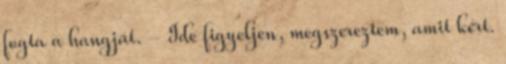
fogta a hangját. - Ide figyeljen, megszereztem, amit kért.